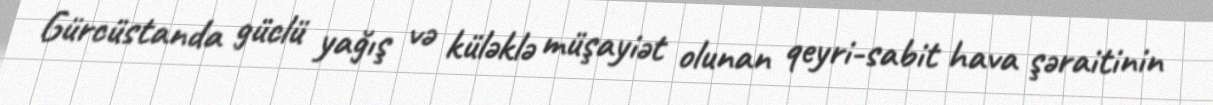
Gürcüstanda güclü yağış və küləklə müşayiət olunan qeyri-sabit hava şəraitinin